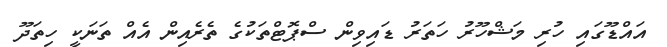
އައްޑޫގައި ހުރި މަޝްހޫރު ހަތަރު ޑައިވިން ސްޕޮޓްތަކުގެ ތެރެއިން އެއް ތަނަކީ ހިތަދޫ